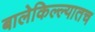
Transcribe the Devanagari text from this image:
बालेकिल्ल्यातच